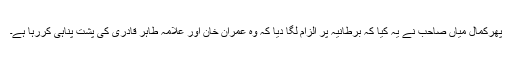
پھرکمال میاں صاحب نے یہ کیا کہ برطانیہ پر الزام لگا دیا کہ وہ عمران خان اور علامہ طاہر قادری کی پشت پناہی کررہا ہے۔